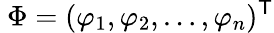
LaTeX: \ \Phi=(\varphi_{1},\varphi_{2},\ldots,\varphi_{n})^{\mathsf{T}}